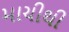
માચીથી